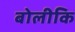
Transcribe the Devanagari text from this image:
बोलीकि